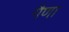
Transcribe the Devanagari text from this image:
गैणा